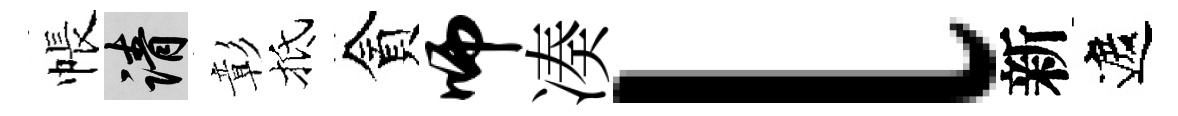
帳請彰抵貪师凑l新遮